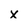
Character: X